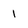
Character: 1